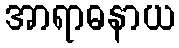
အာရာဓနာယ